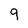
Character: 9